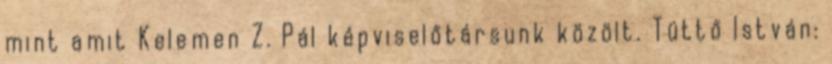
mint amit Kelemen Z. Pál képviselőtársunk közölt. Tüttő István: